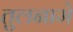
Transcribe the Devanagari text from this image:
तुलनामे